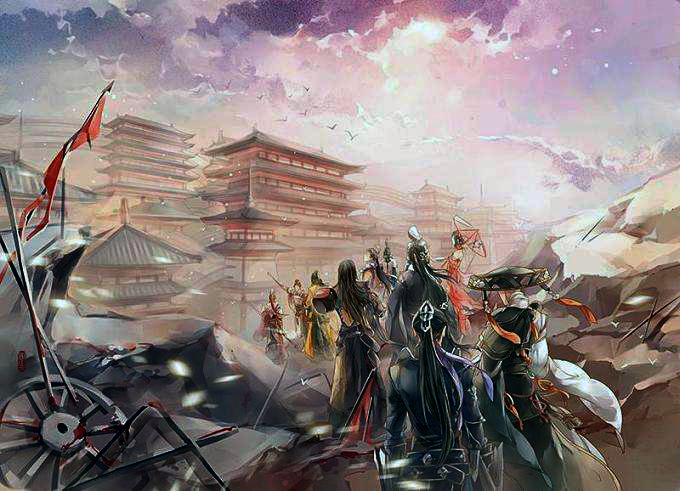
天时怼兮威灵怒，严杀尽兮弃原野。